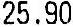
25.90